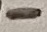
Text: -